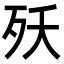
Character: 殀